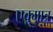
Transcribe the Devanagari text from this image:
एक्मात्र